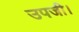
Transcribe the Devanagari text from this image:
उपजी।